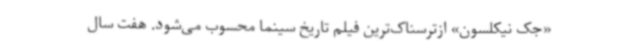
«جک نیکلسون» ازترسناک‌ترین فیلم تاریخ سینما محسوب می‌شود. هفت سال